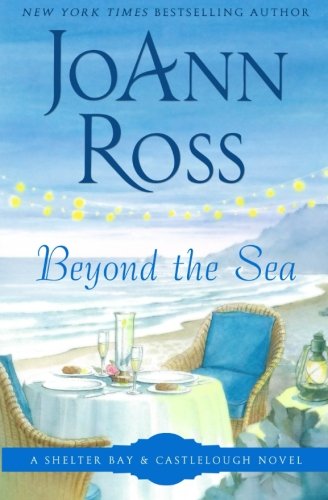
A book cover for Beyond the Sea (Shelter Bay) (Volume 9); JoAnn Ross; Romance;